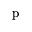
\mathrm { p }